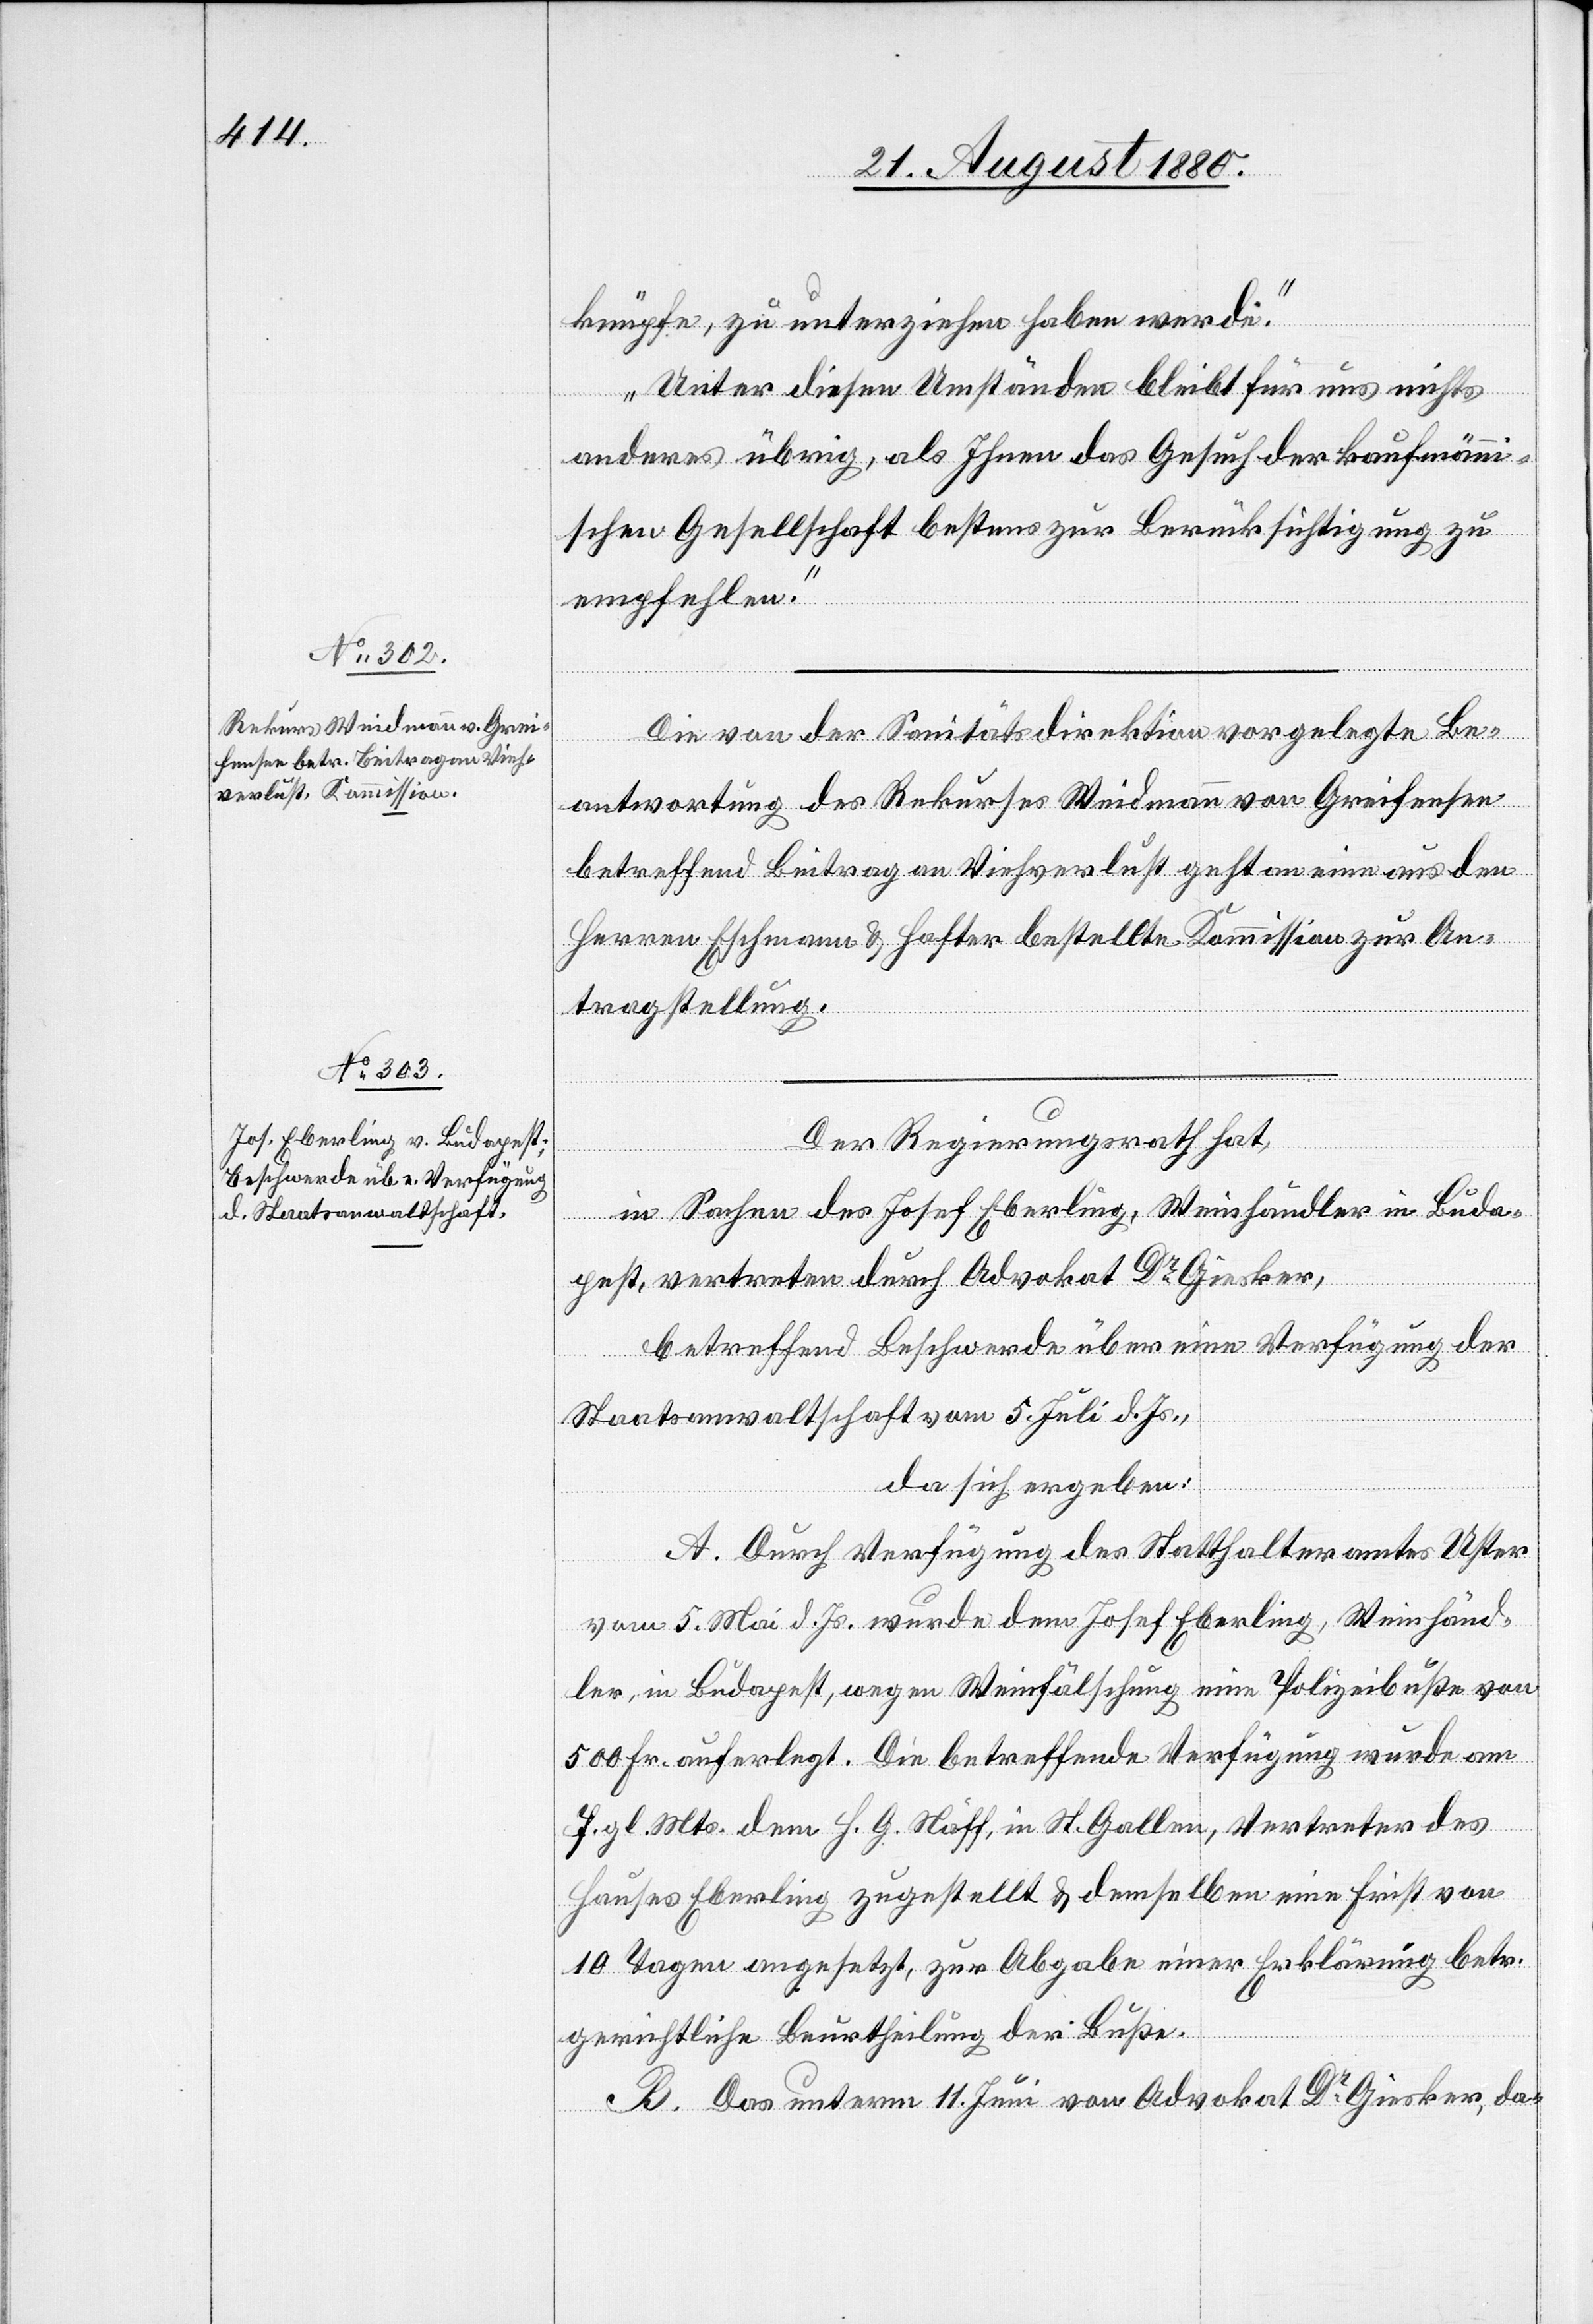
knüpfe, zu unterziehen haben werde.
Unter diesen Umständen bleibt für uns nichts
anderes übrig, als Ihnen das Gesuch der kaufmänni¬
schen Gesellschaft bestens zur Berücksichtigung zu
empfehlen.“
Die von der Sanitätsdirektion vorgelegte Be¬
antwortung des Rekurses Weidmann von Greifensee
betreffend Beitrag an Viehverlust geht an eine aus den
Herren Eschmann & Hafter bestellte Kommission zur An¬
tragstellung.
Der Regierungsrath hat,
in Sachen des Josef Eberling, Weinhändler in Buda¬
pest, vertreten durch Advokat Dr Giesker,
betreffend Beschwerde über eine Verfügung der
Staatsanwaltschaft vom 5. Juli d. Js.,
da sich ergeben:
A. Durch Verfügung des Statthalteramtes Uster
vom 5. Mai d. Js. wurde dem Josef Eberling, Weinhänd¬
ler, in Budapest, wegen Weinfälschung eine Polizeibuße von
500 Fr. auferlegt. Die betreffende Verfügung wurde am
7. gl. Mts. dem H. G. Näff, in St. Gallen, Vertreter des
Hauses Eberling zugestellt & demselben eine Frist von
10 Tagen angesetzt, zur Abgabe einer Erklärung betr.
gerichtliche Beurtheilung der Buße.
B. Das unterm 11. Juni von Advokat Dr Giesker, da-